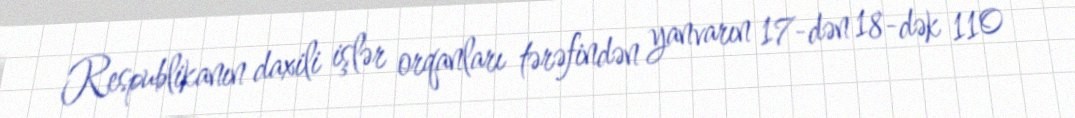
Respublikanın daxili işlər orqanları tərəfindən yanvarın 17-dən 18-dək 110